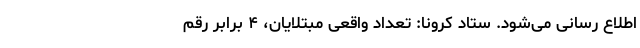
اطلاع رسانی می‌شود. ستاد کرونا: تعداد واقعی مبتلایان، ۴ برابر رقم